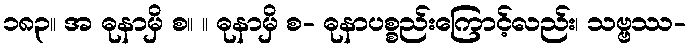
၁၈၃။ အ ဓုနာမှိ စ။ ။ ဓုနာမှိ စ- ဓုနာပစ္စည်းကြောင့်လည်း၊ သဗ္ဗဿ-